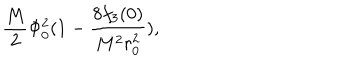
LaTeX: \frac { M } { 2 } \Phi _ { 0 } ^ { 2 } ( 1 - \frac { 8 f _ { 3 } ( 0 ) } { M ^ { 2 } r _ { 0 } ^ { 2 } } ) ,